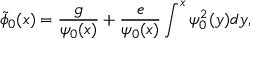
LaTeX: \tilde { \phi } _ { 0 } ( x ) = \frac { g } { \psi _ { 0 } ( x ) } + \frac { e } { \psi _ { 0 } ( x ) } \int ^ { x } \psi _ { 0 } ^ { 2 } ( y ) d y ,